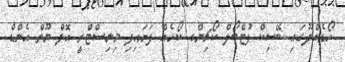
ހޯޑެއްދޫގައި ބޭސިކް ފުޓްބޯލް ކޯޗިންގ ކޯހެއް ފަށައިފި މިނިސްޓްރީ އޮފް ޔޫތް އެންޑް